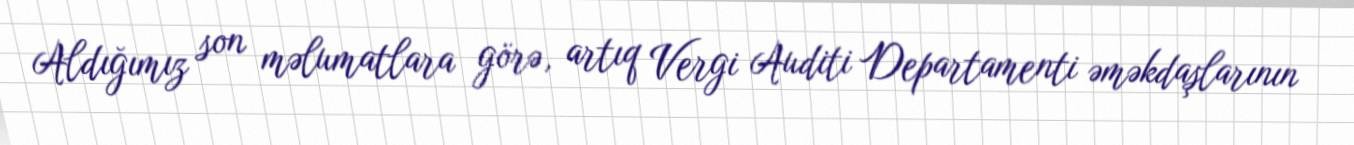
Aldığımız son məlumatlara görə, artıq Vergi Auditi Departamenti əməkdaşlarının